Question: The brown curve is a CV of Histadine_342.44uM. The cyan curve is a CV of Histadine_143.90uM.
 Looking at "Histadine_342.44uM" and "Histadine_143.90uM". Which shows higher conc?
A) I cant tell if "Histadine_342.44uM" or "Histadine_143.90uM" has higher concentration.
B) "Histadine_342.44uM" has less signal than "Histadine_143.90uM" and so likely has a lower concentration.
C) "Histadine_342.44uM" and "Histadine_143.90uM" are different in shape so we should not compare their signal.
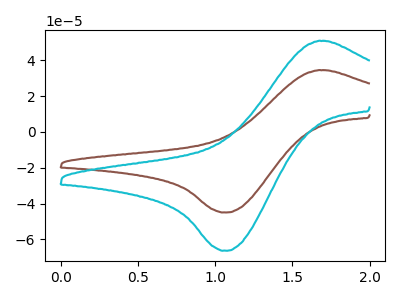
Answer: <think>The brown curve "Histadine_342.44uM" has an anodic peak at (1.65V, 34.50uA) and a cathodic peak at (1.10V, -45.00uA). The cyan curve "Histadine_143.90uM" has an anodic peak at (1.65V, 50.90uA) and a cathodic peak at (1.10V, -66.35uA).
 All the peaks in "Histadine_342.44uM" have a peak in "Histadine_143.90uM" at the same potential. Every peak in "Histadine_342.44uM" is lower than every peak in "Histadine_143.90uM".</think>
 <answer>B) "Histadine_342.44uM" has less signal than "Histadine_143.90uM" and so likely has a lower concentration.</answer>
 <eval>B</eval>